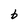
Character: b